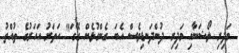
މަދިރި ލޯޝަނާއި މަދިރި ދުންދަނޑިވެސް އެބަ ގެންގުޅެން ގޭގަ" ހަތަރު އަހަރުގެ ތުއްތު